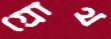
গ্রোথ